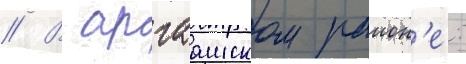
// В аргаашском раион'е: